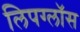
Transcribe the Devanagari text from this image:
लिपग्लॉस